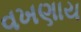
વખણાય